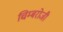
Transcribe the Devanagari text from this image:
चिम्बरोजी